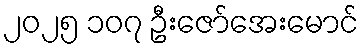
၂၀၂၅ ၁၀၇ ဦးဇော်အေးမောင်